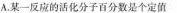
A.某一反应的活化分子百分数是个定值